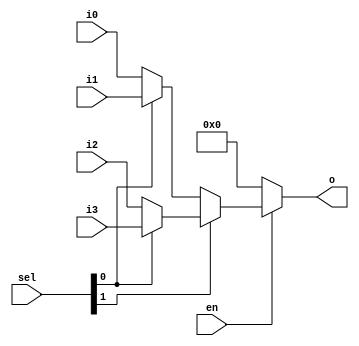
//
// Copyright 2011 Ettus Research LLC
//
// This program is free software: you can redistribute it and/or modify
// it under the terms of the GNU General Public License as published by
// the Free Software Foundation, either version 3 of the License, or
// (at your option) any later version.
//
// This program is distributed in the hope that it will be useful,
// but WITHOUT ANY WARRANTY; without even the implied warranty of
// MERCHANTABILITY or FITNESS FOR A PARTICULAR PURPOSE.  See the
// GNU General Public License for more details.
//
// You should have received a copy of the GNU General Public License
// along with this program.  If not, see <http://www.gnu.org/licenses/>.
//



module mux4
  #(parameter WIDTH=32, parameter DISABLED=0)
    (input en,
     input [1:0] sel,
     input [WIDTH-1:0] i0,
     input [WIDTH-1:0] i1,
     input [WIDTH-1:0] i2,
     input [WIDTH-1:0] i3,
     output [WIDTH-1:0] o);

   assign 		o = en ? (sel[1] ? (sel[0] ? i3 : i2) : (sel[0] ? i1 : i0)) :
			DISABLED;
   
endmodule // mux4